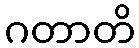
ဂတာတိ